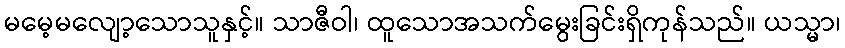
မမေ့မလျော့သောသူနှင့်။ သာဇီဝါ၊ ထူသောအသက်မွေးခြင်းရှိကုန်သည်။ ယသ္မာ၊